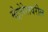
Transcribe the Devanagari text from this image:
मेट्रोरेलवरील